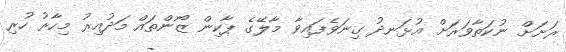
ރަށަށް ނުކަތާވަރަށް އުޅަނދު ގިނަވެފައިވާ މާލޭގެ ޕާކިން ޒޯންތައް މަދުއިރު މިހާރު ހުރި